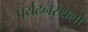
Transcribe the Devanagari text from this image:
पर्यटनस्थलों